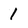
Character: 1